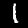
Digit: 1